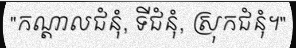
"កណ្តាលជំនុំ, ទីជំនុំ, ស្រុកជំនុំ។"